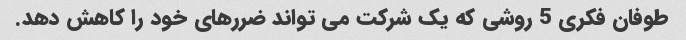
طوفان فکری 5 روشی که یک شرکت می تواند ضررهای خود را کاهش دهد.